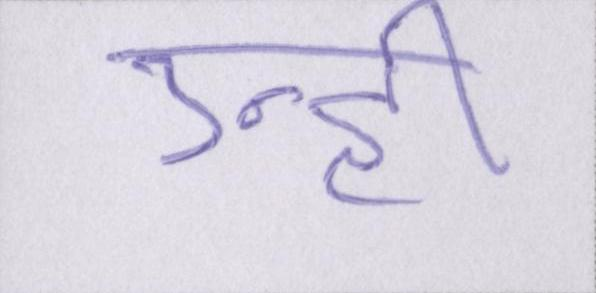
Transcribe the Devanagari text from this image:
उन्ही